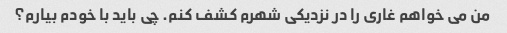
من می خواهم غاری را در نزدیکی شهرم کشف کنم. چی باید با خودم بیارم؟